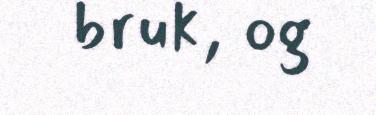
bruk, og